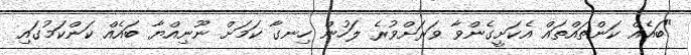
"ބައެއް ކަންތައްތައް އެކަށީގެންވާ ވަރަށްވުރެ ލަހުން ހިނގާ ކަމަށް ނޫނިއްޔާ ބައެއް ކަންކަމުގައި